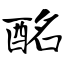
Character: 酩